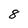
Character: 8